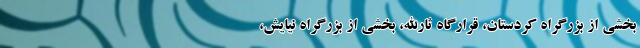
بخشی از بزرگراه کردستان، قرارگاه ثارالله، بخشی از بزرگراه نیایش،